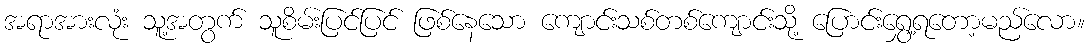
အရာအားလုံး သူ့အတွက် သူစိမ်းပြင်ပြင် ဖြစ်နေသော ကျောင်းသစ်တစ်ကျောင်းသို့ ပြောင်းရွှေ့ရတော့မည်လော။